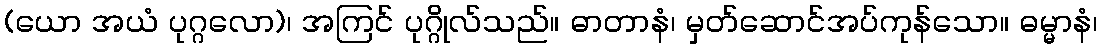
(ယော အယံ ပုဂ္ဂလော)၊ အကြင် ပုဂ္ဂိုလ်သည်။ ဓာတာနံ၊ မှတ်ဆောင်အပ်ကုန်သော။ ဓမ္မာနံ၊